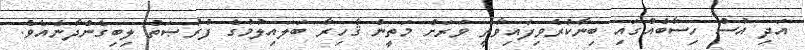
އަދި އުސް ހިސާބެއްގައި ބިނާކުރެވިފައިވާތީ ވަރަށް މަތީން ޤާހިރާ ބަލައިލުމުގެ ފުރުޞަތު ލިބިގެންދާނެއެވެ.